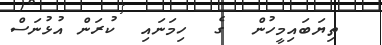
ތިޔަބައިމީހުން  ގެ  ހިމަނައި  ކުރަން އުޅުނަސް